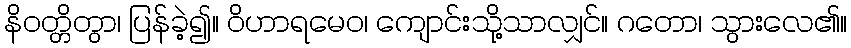
နိဝတ္တိတွာ၊ ပြန်ခဲ့၍။ ဝိဟာရမေဝ၊ ကျောင်းသို့သာလျှင်။ ဂတော၊ သွားလေ၏။